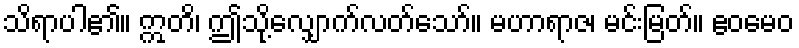
သိရာပါ၏။ ဣတိ၊ ဤသို့လျှောက်လတ်သော်။ မဟာရာဇ၊ မင်းမြတ်။ ဧဝမေဝ